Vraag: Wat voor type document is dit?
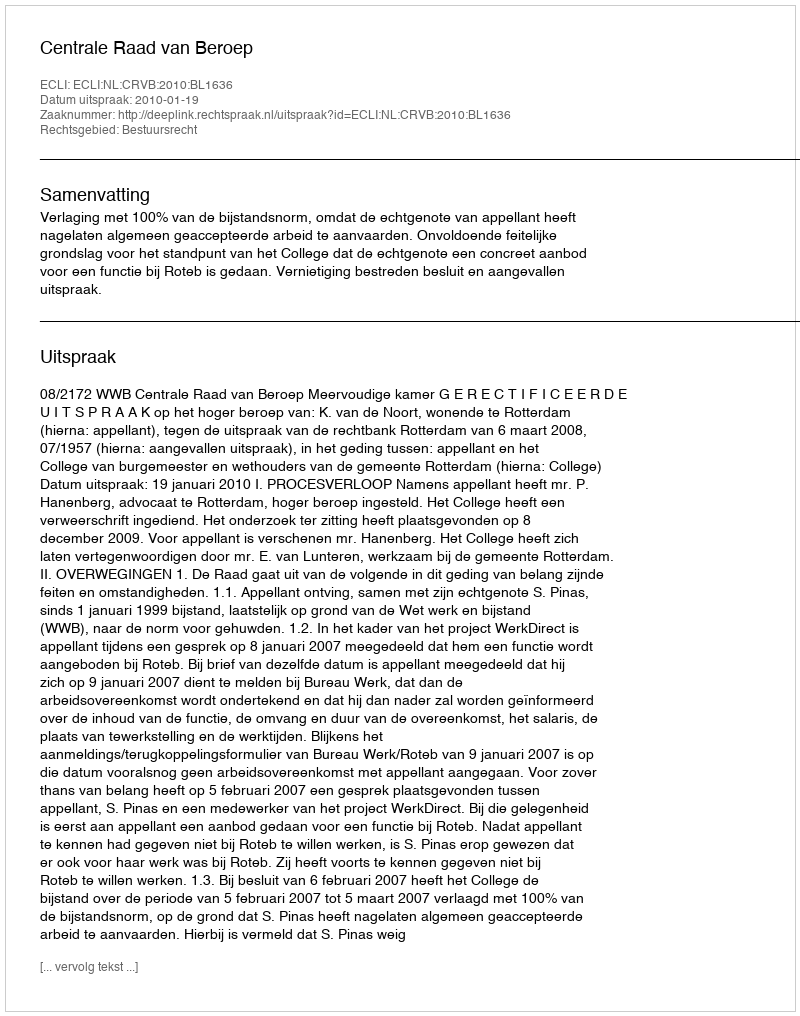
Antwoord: Uitspraak